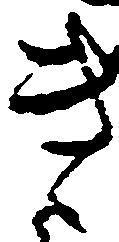
き